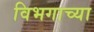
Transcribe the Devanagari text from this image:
विभगाच्या